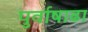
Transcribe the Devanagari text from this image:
पुर्वाषाढा